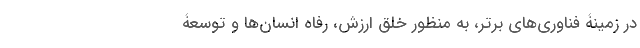
در زمینۀ فناوری‌های برتر، به منظور خلق ارزش، رفاه انسان‌ها و توسعۀ